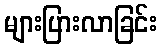
များပြားလာခြင်း